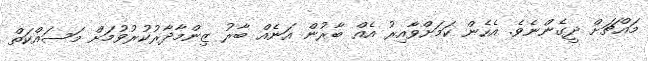
މައްޗަށް ދީގެންނެވެ. އެހެން ކަމަށްވާއިރު އެއް ބާރުން އަނެއް ބާރު ޒިންމާދާރުކުރުވުމަށް މަސައްކަތް